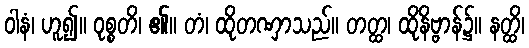
ဝါနံ၊ ဟူ၍။ ဝုစ္စတိ၊ ၏။ တံ၊ ထိုတဏှာသည်။ တတ္ထ၊ ထိုနိဗ္ဗာန်၌။ နတ္ထိ၊